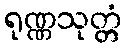
ရုဏ္ဏသုတ္တံ